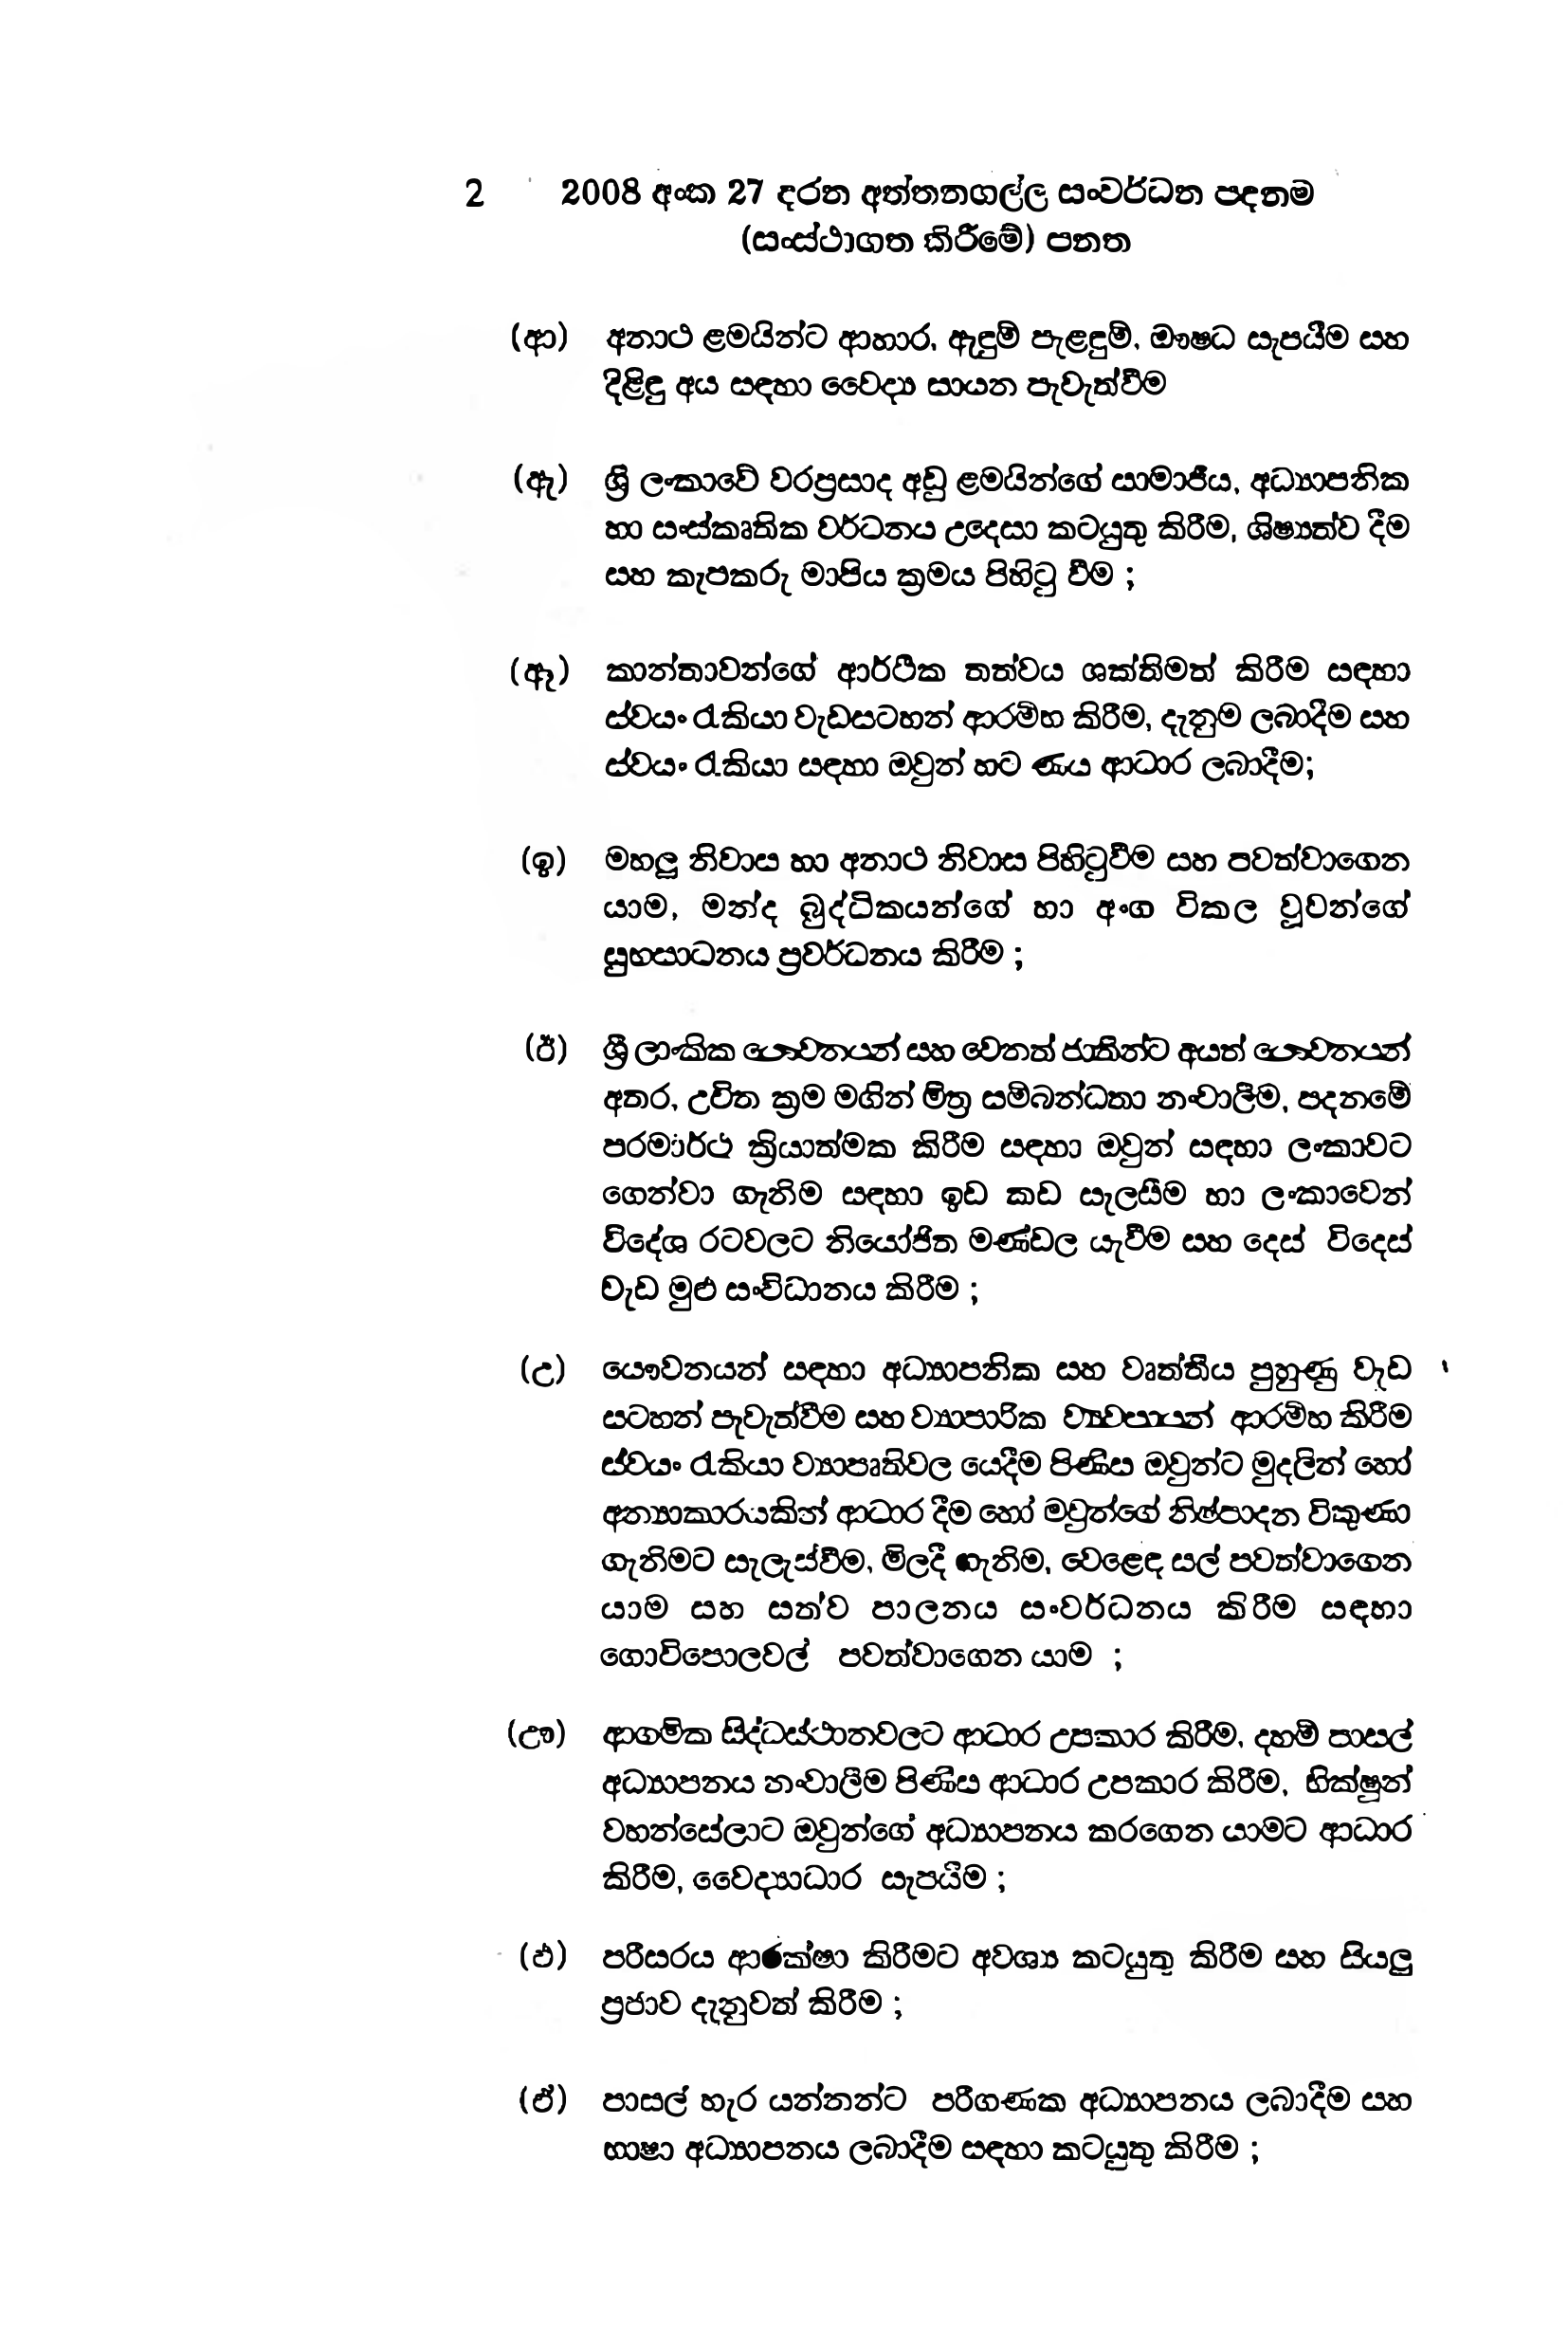
2 2008 අංක 27 දරන අත්තනගල්ල සංවර්ධන පදනම
(සංස්ථාගත කිරීමේ) පනත

(ආ) අනාථ ළමයින්ට ආහාර, ඇඳුම් පැළඳුම්, ඖෂධ සැපයීම සහ
දිළිඳු අය සඳහා වෛද්‍ය සායන පැවැත්වීම

(ඈ) ශ්‍රී ලංකාවේ වරප්‍රසාද අඩු ළමයින්ගේ සාමාජීය, අධ්‍යාපනික
හා සංස්කෘතික වර්ධනය උදෙසා කටයුතු කිරීම, ශිෂ්‍යත්ව දීම
සහ කැපකරු මාපිය ක්‍රමය පිහිටු වීම ;

(ඈ) කාන්තාවන්ගේ ආර්ථික තත්වය ශක්තිමත් කිරීම සඳහා
ස්වයංරැකියා වැඩසටහන් ආරම්භ කිරීම, දැනුම ලබාදීම සහ
ස්වයංරැකියා සඳහා ඔවුන් හට ණය ආධාර ලබාදීම;

(ඉ) මහලු නිවාස හා අනාථ නිවාස පිහිටුවීම සහ පවත්වාගෙන
යාම, මන්ද බුද්ධිකයන්ගේ හා අංග විකල වූවන්ගේ
සුභසාධනය ප්‍රවර්ධනය කිරීම ;

(ඊ) ශ්‍රීලාංකික යෞවනයන් සහ වෙනත් ජානින්ට අයත් නොවනයන්
අතර, උචිත ක්‍රම මගින් මිත්‍ර සම්බන්ධතා නංවාලීම, පදනමේ
පරමාර්ථ ක්‍රියාත්මක කිරීම සඳහා ඔවුන් සඳහා ලංකාවට
ගෙන්වා ගැනිම සඳහා ඉඩ කඩ සැලසීම හා ලංකාවෙන්
විදේශ රටවලට නියෝජිත මණ්ඩල යැවීම සහ දෙස් විදෙස්
වැඩ මුළු සංවිධානය කිරීම ;

(උ) යෞවනයන් සඳහා අධ්‍යාපනික සහ වෘත්තීය පුහුණු වැඩ
සටහන් පැවැත්වීම සහ ව්‍යාපාරික ව්‍යවපාපයන් ආරම්භ කිරීම
ස්වයං රැකියා ව්‍යාපෘතිවල යෙදීම පිණිස ඔවුන්ට මුදලින් හෝ
අන්‍යාකාරයකින් ආධාර දීම හෝ මවුන්ගේ නිෂ්පාදන විකුණා
ගැනිමට සැලැස්වීම, මිලදී ගැනිම, වෙළෙඳ සල් පවත්වාගෙන
යාම සහ සත්ව පාලනය සංවර්ධනය කිරීම සඳහා
ගොවිපොලවල් පවත්වාගෙන යාම ;

(ඌ) ආගමික සිද්ධස්ථානවලට ආධාර උපකාර කිරීම, දහමි පාසල්
අධ්‍යාපනය නංවාලීම පිණිස ආධාර උපකාර කිරීම, භික්ෂුන්
වහන්සේලාට ඔවුන්ගේ අධ්‍යාපනය කරගෙන යාමට ආධාර
කිරීම, වෛද්‍යාධාර සැපයීම;

(ඵ) පරිසරය ආරක්ෂා කිරීමට අවශ්‍ය කටයුතු කිරීම සහ සියලු
ප්‍රජාව දැනුවත් කිරීම ;

(ඒ) පාසල් හැර යන්නන්ට පරීගණක අධ්‍යාපනය ලබාදීම සහ
භාෂා අධ්‍යාපනය ලබාදීම සඳහා කටයුතු කිරීම ;